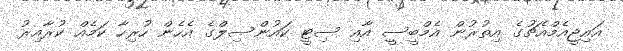
އައިޖީއެމްއެޗުގެ އިތުރުން އެމްބީސީ އާއި ސިޓީ ކައުންސިލްގެ އެހެން ހުރިހާ ކަމެއް ކުރާއިރު